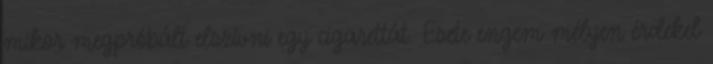
mikor megpróbált elszívni egy cigarettát. Esete engem mélyen érdekel